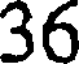
36